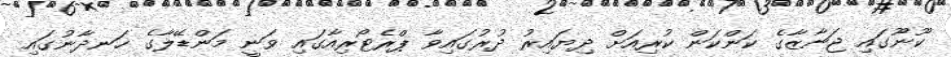
ކޫނޫގައި ޖަނާޒާގެ ކަންކަން ކުރިއަށް ދިޔައިރު ދުރުގައިވާ ޕްރެޓޯރިއާގައި ވަނީ މަންޑޭލާގެ ހަނދާނުގައި